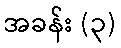
အခန်း (၃)